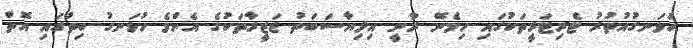
ހުޅަނގުއުތުރު ޓެރިޓަރީތަކުގައި ހިމެނޭ ރާނީ އިލިޔާސަބަތު ޖަޒީރާތަކުގެ އެންމެ ހުޅަނގު ބިތުގައި އޮތް